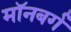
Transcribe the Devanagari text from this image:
मॉनबर्ग